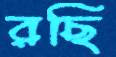
রছি